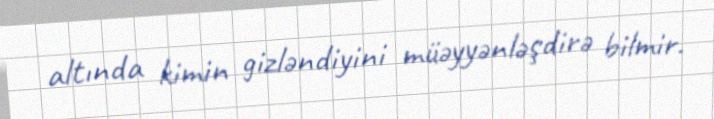
altında kimin gizləndiyini müəyyənləşdirə bilmir.